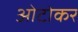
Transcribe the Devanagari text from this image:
ओटोकर